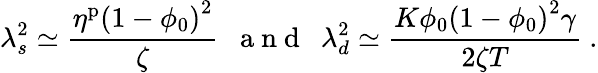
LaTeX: \lambda_{s}^{2}\simeq\frac{\eta^{\mathrm{p}}\left(1-\phi_{0}\right)^{2}}{\zeta}\ \ \mathrm{~a~n~d~}\ \ \lambda_{d}^{2}\simeq\frac{K\phi_{0}\left(1-\phi_{0}\right)^{2}\gamma}{2\zeta T}\ .